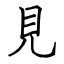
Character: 見